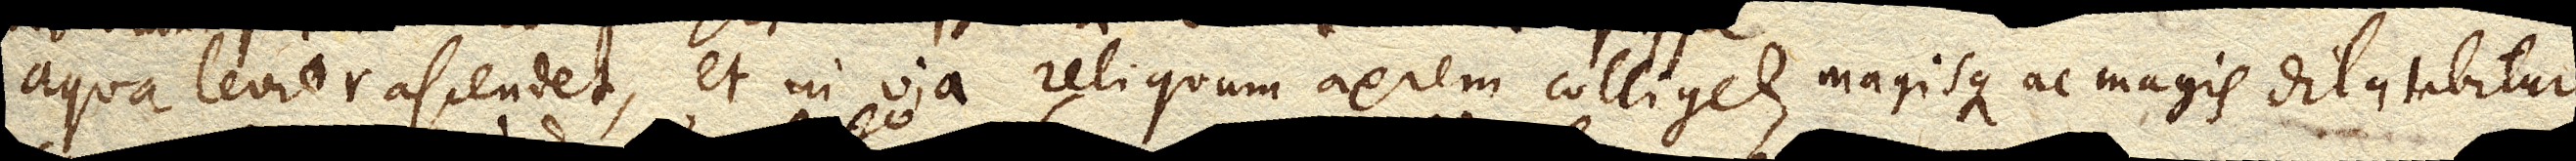
aqua levior ascendet, et in via reliquum aerem colliget, magisque ac magis dilatabitur